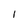
Character: l